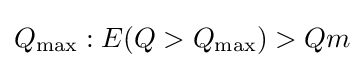
Q_{\max }:E(Q>Q_{\max })>Qm